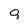
Character: 9